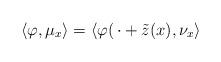
LaTeX: \begin{align*}\langle\varphi,\mu_x\rangle=\langle \varphi(\,\cdot+\tilde{z}(x),\nu_x\rangle\end{align*}